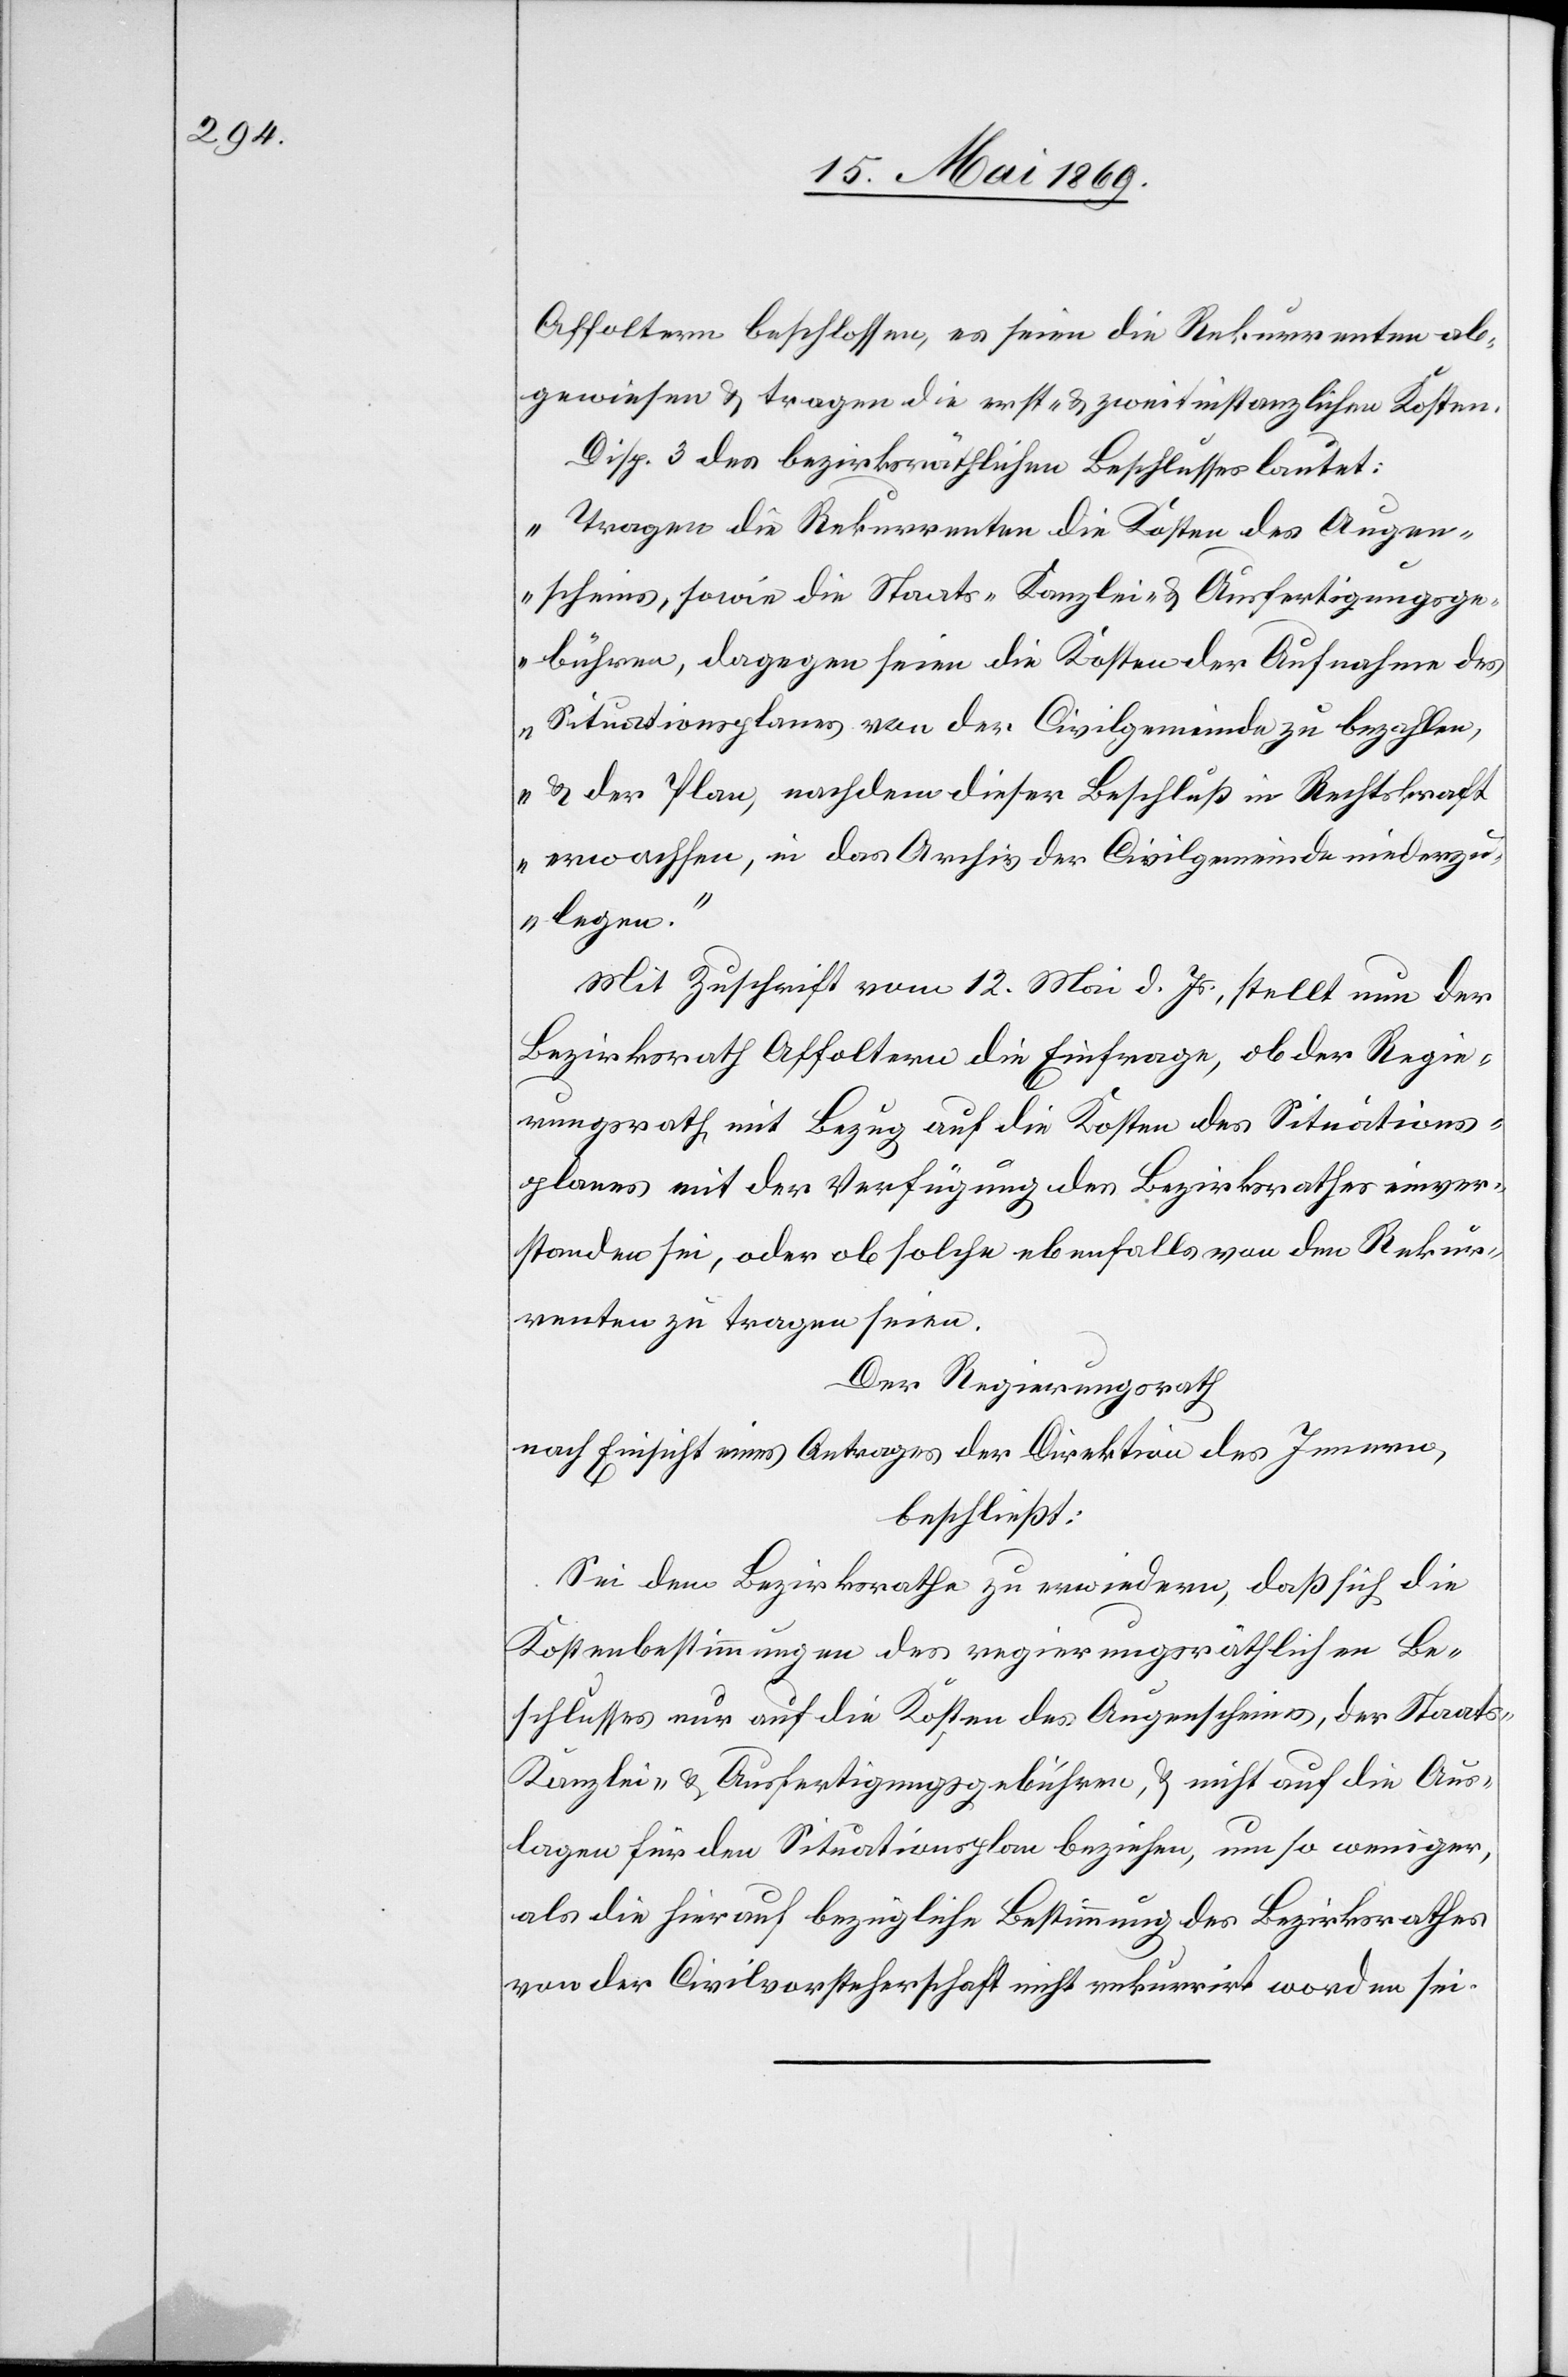
Affoltern beschlossen, es seien die Rekurrenten ab¬
gewiesen u. tragen die erst- u. zweitinstanzlichen Kosten.
Disp. 3 des bezirksräthlichen Beschlusses lautet:
„Tragen die Rekurrenten die Kosten des Augen¬
scheines, sowie die Staats- Kanzlei- u. Ausfertigungsge¬
bühren, dagegen seien die Kosten der Aufnahme des
Situationsplanes von der Civilgemeinde zu bezahlen,
u. der Plan, nachdem dieser Beschluß in Rechtskraft
erwachsen, in das Archiv der Civilgemeinde niederzu¬
legen.“
Mit Zuschrift vom 12 Mai d. Js., stellt nun der
Bezirksrath Affoltern die Einfrage, ob der Regie¬
rungsrath mit Bezug auf die Kosten des Situations¬
planes mit der Verfügung des Bezirksrathes einver¬
standen sei, oder ob solche ebenfalls von den Rekur¬
renten zu tragen sei.
Der Regierungsrath,
nach Einsicht eines Antrages der Direktion des Innern,
beschließt:
Sei dem Bezirksrathe zu erwiedern, daß sich die
Kostenbestimmung des regierungsräthlichen Be¬
schlusses nur auf die Kosten des Augenscheines, der Staats-
Kanzlei- u. Ausfertigungsgebühren, u. nicht auf die Aus¬
lagen für den Situationsplan beziehen, um so weniger,
als die hierauf bezügliche Bestimmung des Bezirksrathes
von der Civilvorsteherschaft nicht rekurrirt worden sei.